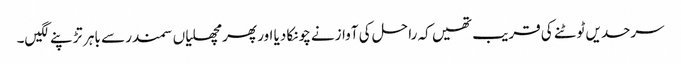
سرحدیں ٹوٹنے کی قریب تھیں کہ را حل کی آوازنے چونکا دیا اور پھر مچھلیاں سمندر سے باہر تڑپنے لگیں۔